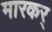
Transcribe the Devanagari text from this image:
मारकर्